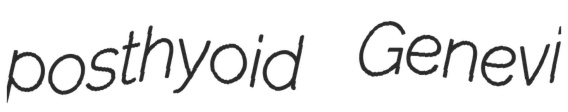
posthyoid Genevi